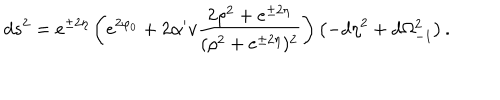
LaTeX: d s ^ { 2 } = e ^ { \pm 2 \eta } \left( e ^ { 2 \varphi _ { 0 } } + 2 \alpha ^ { \prime } v \frac { 2 \rho ^ { 2 } + e ^ { \pm 2 \eta } } { ( \rho ^ { 2 } + e ^ { \pm 2 \eta } ) ^ { 2 } } \right) \left( - d \eta ^ { 2 } + d \Omega _ { - 1 } ^ { 2 } \right) .